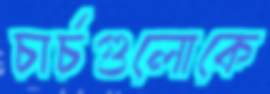
চার্চগুলোকে